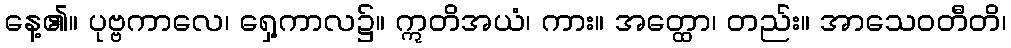
နေ့၏။ ပုဗ္ဗကာလေ၊ ရှေ့ကာလ၌။ ဣတိအယံ၊ ကား။ အတ္ထော၊ တည်း။ အာသေဝတီတိ၊